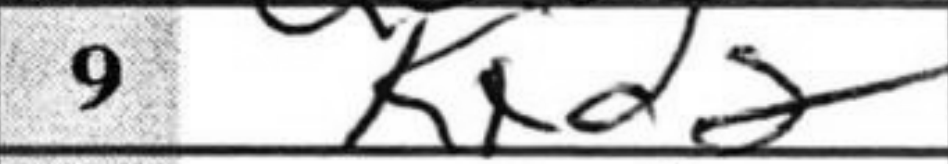
Transcription: Kxd2